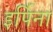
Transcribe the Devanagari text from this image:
इर्पिना